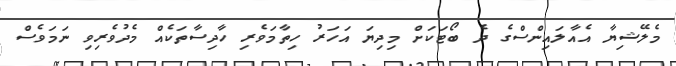
މެލޭޝިޔާ އެއާލައިންސްގެ ދެ ބޯޓަކަށް މިދިޔަ އަހަރު ހިތާމަވެރި ހާދިސާތަކެއް މެދުވެރިވި ނަމަވެސް